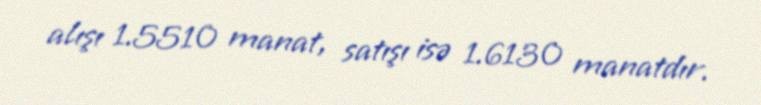
alışı 1.5510 manat, satışı isə 1.6130 manatdır.